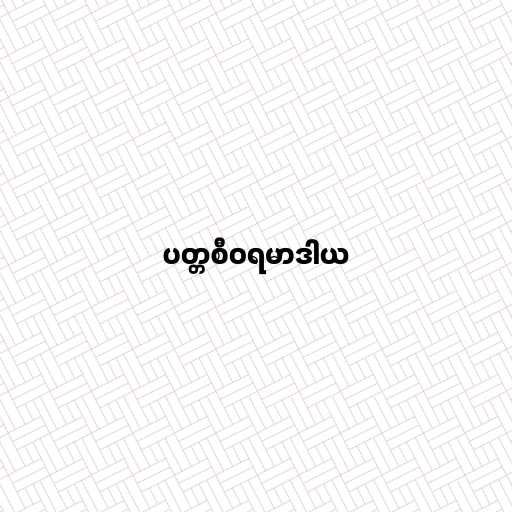
ပတ္တစီဝရမာဒါယ